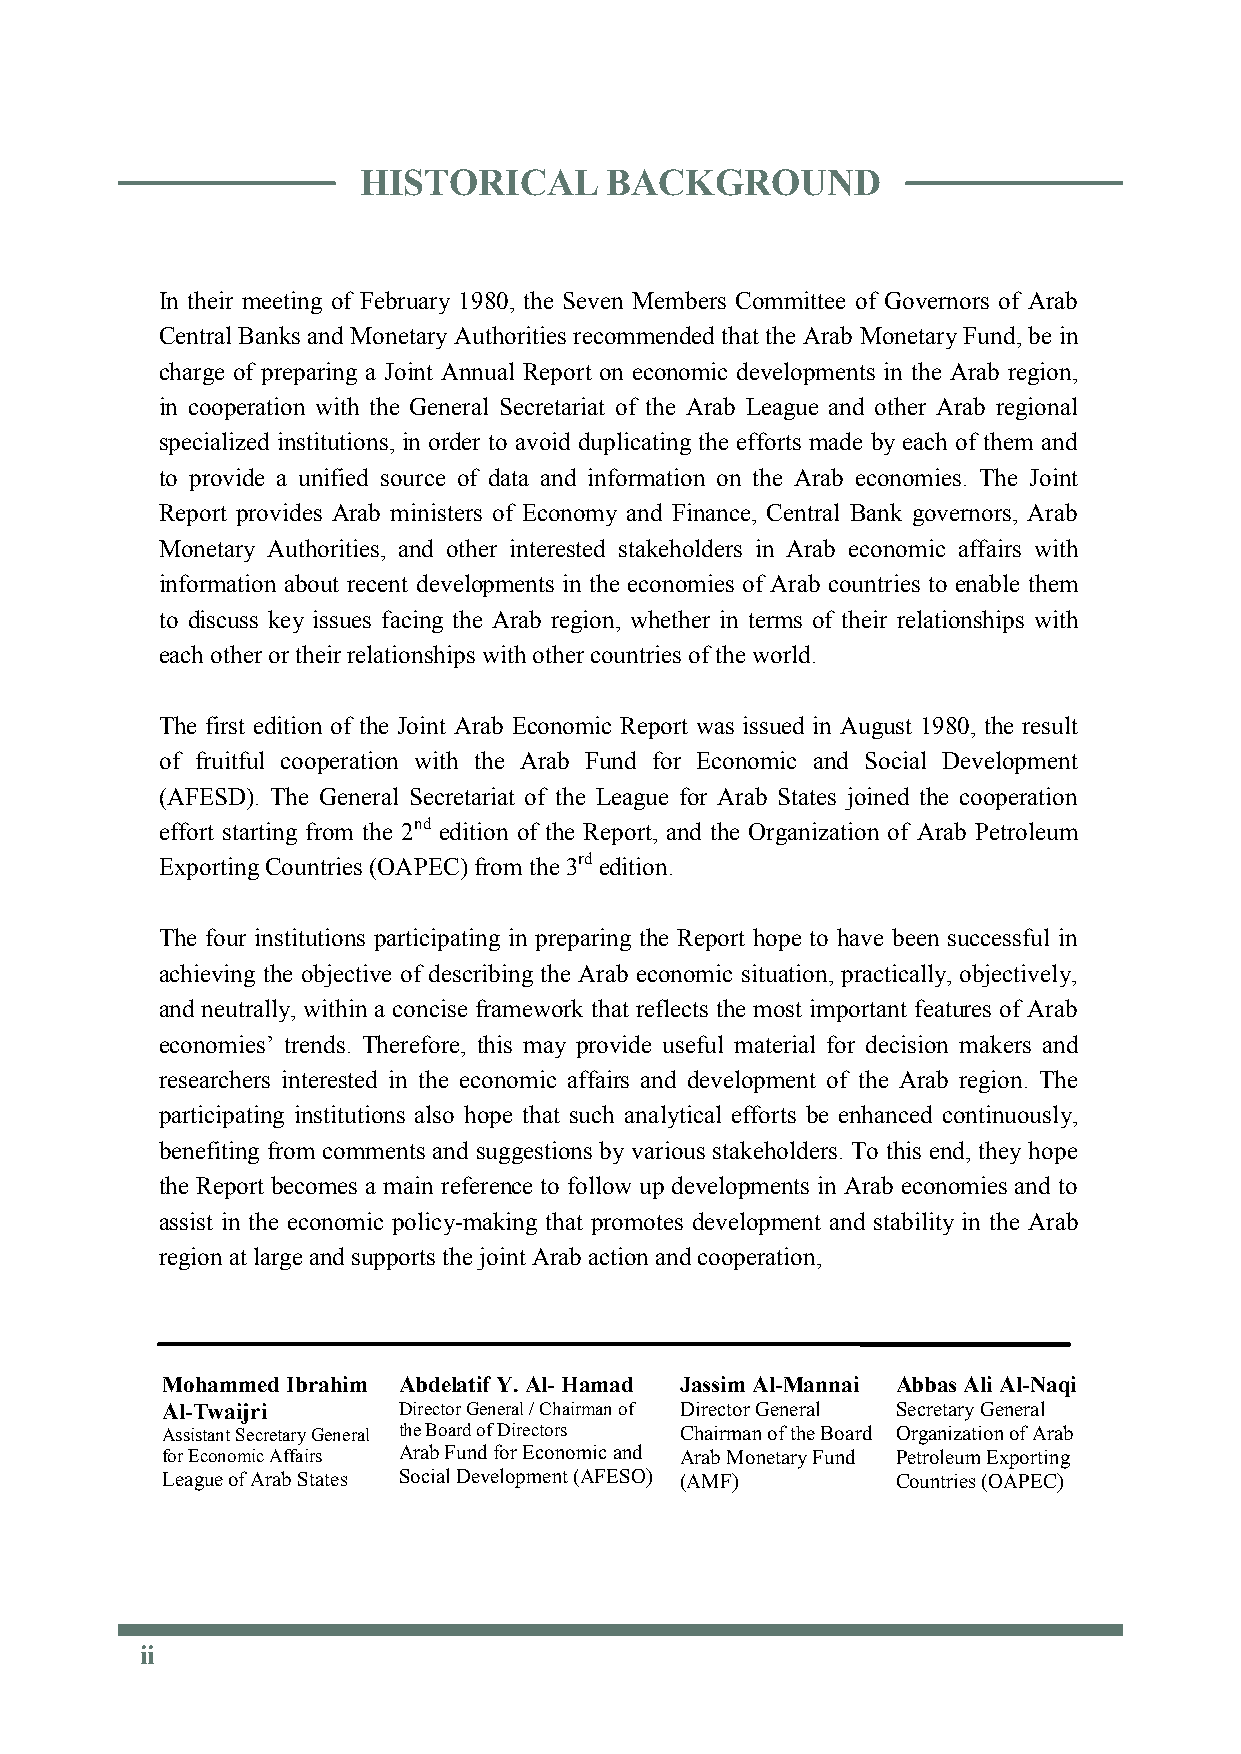
HHIIsStToORRIICCAALL B BAACCKKGGRRoOUUnNDD
 In their meeting of February 1980, the Seven Members Committee of Governors of Arab
 Central Banks and Monetary Authorities recommended that the Arab Monetary Fund, be in
 charge of preparing a Joint Annual Report on economic developments in the Arab region,
 in cooperation with the General Secretariat of the Arab League and other Arab regional
 specialized institutions, in order to avoid duplicating the efforts made by each of them and
 to provide a unified source of data and information on the Arab economies. The Joint
 Report provides Arab ministers of Economy and Finance, Central Bank governors, Arab
 Monetary Authorities, and other interested stakeholders in Arab economic affairs with
 information about recent developments in the economies of Arab countries to enable them
 to discuss key issues facing the Arab region, whether in terms of their relationships with
 each other or their relationships with other countries of the world.
 The first edition of the Joint Arab Economic Report was issued in August 1980, the result
 of fruitful cooperation with the Arab Fund for Economic and Social Development
 (AFESD). The General Secretariat of the League for Arab States joined the cooperation
 effort starting from the 2nd edition of the Report, and the Organization of Arab Petroleum
 Exporting Countries (OAPEC) from the 3rd edition.
 The four institutions participating in preparing the Report hope to have been successful in
 achieving the objective of describing the Arab economic situation, practically, objectively,
 and neutrally, within a concise framework that reflects the most important features of Arab
 economies’ trends. Therefore, this may provide useful material for decision makers and
 researchers interested in the economic affairs and development of the Arab region. The
 participating institutions also hope that such analytical efforts be enhanced continuously,
 benefiting from comments and suggestions by various stakeholders. To this end, they hope
 the Report becomes a main reference to follow up developments in Arab economies and to
 assist in the economic policy-making that promotes development and stability in the Arab
 region at large and supports the joint Arab action and cooperation,
 Mohammed Ibrahim Abdelatif Y.Al-Hamad Jassim Al-Mannai Abbas Ali Al-Naqi
 Al-Twaijri     Director General / Chairman of Director General Secretary General
 Assistant Secretary General the Board of Directors Chairman of the Board Organization of Arab
 for Economic Affairs Arab Fund for Economic and Arab Monetary Fund Petroleum Exporting
 League of Arab States Social Development(AFESO) (AMF) Countries (OAPEC)
 ii
 ii